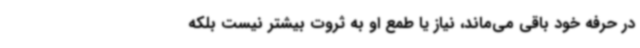
در حرفه خود باقی می‌ماند، نیاز یا طمع او به ثروت بیشتر نیست بلکه